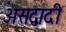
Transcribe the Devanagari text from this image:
असद्वादी